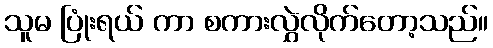
သူမ ပြုံးရယ် ကာ စကားလွှဲလိုက်တော့သည်။